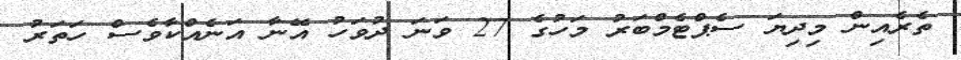
ތެރެއިން މިދިޔަ ސެޕްޓެމްބަރު މަހުގެ 27 ވަނަ ދުވަހު އޭނާ އަނެއްކާވެސް ހަތަރު